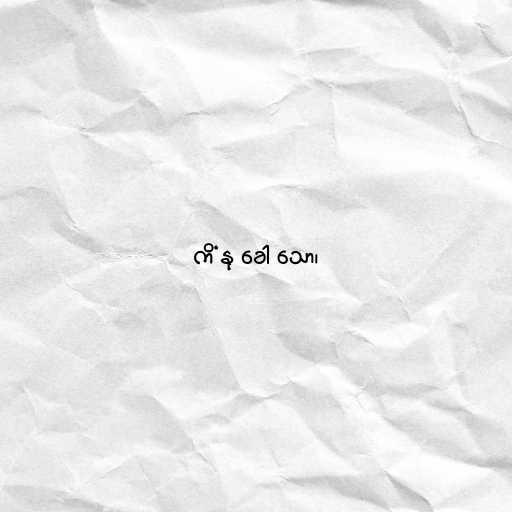
ကိံ နု ခေါ သော၊